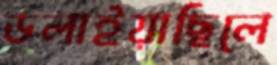
ডলাইয়াছিলে